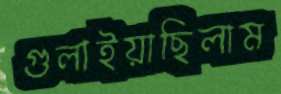
গুলাইয়াছিলাম